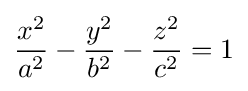
{\frac {x^{2}}{a^{2}}}-{\frac {y^{2}}{b^{2}}}-{\frac {z^{2}}{c^{2}}}=1